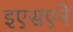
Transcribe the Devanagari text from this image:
इएसएने